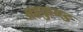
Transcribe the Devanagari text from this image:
ब्रहृकुण्ड